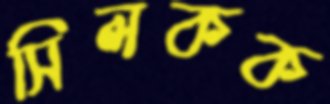
সিলকক